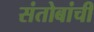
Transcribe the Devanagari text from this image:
संतोबांची